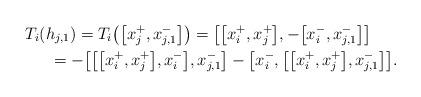
LaTeX: \begin{gather*}T_i(h_{j,1}) = T_i\big(\big[x_{j}^+,x_{j,1}^-\big]\big) = \big[\big[x_i^+,x_{j}^+\big], -\big[x_i^-,x_{j,1}^-\big]\big] \\\hphantom{T_i(h_{j,1})}{} = - \big[\big[\big[x_i^+,x_j^+\big],x_i^-\big],x_{j,1}^-\big]-\big[x_i^-,\big[\big[x_i^+,x_j^+\big],x_{j,1}^-\big]\big].\end{gather*}